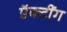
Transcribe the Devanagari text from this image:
ऍक्टींग